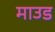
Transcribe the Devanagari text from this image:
माउड